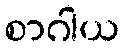
စာဂါယ